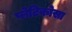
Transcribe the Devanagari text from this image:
प्लेटिकोसा